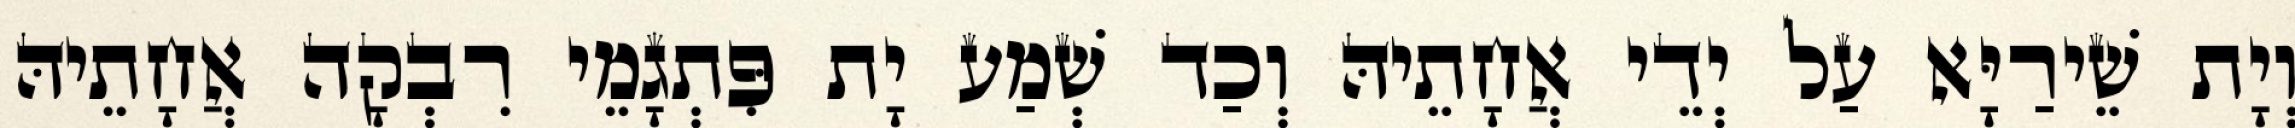
וְיָת שֵׁירַיָּא עַל יְדֵי אֲחָתֵיהּ וְכַד שְׁמַע יָת פִּתְגָמֵי רִבְקָה אֲחָתֵיהּ